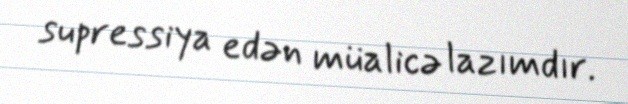
supressiya edən müalicə lazımdır.